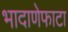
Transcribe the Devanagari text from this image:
भादाणेफाटा